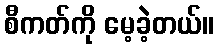
စီကတ်ကို မေ့ခဲ့တယ်။